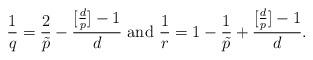
LaTeX: \begin{align*}\frac{1}{q} = \frac{2}{\tilde p}-\frac{[\frac{d}{p}]-1}{d}\ {\rm and}\ \frac{1}{r} = 1- \frac{1}{\tilde p}+\frac{[\frac{d}{p}]-1}{d}.\end{align*}